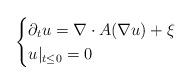
LaTeX: \begin{align*} \begin{cases} \partial_t u = \nabla \cdot A(\nabla u) + \xi \\ u|_{t \leq 0} = 0 \end{cases}\end{align*}